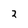
Character: 2